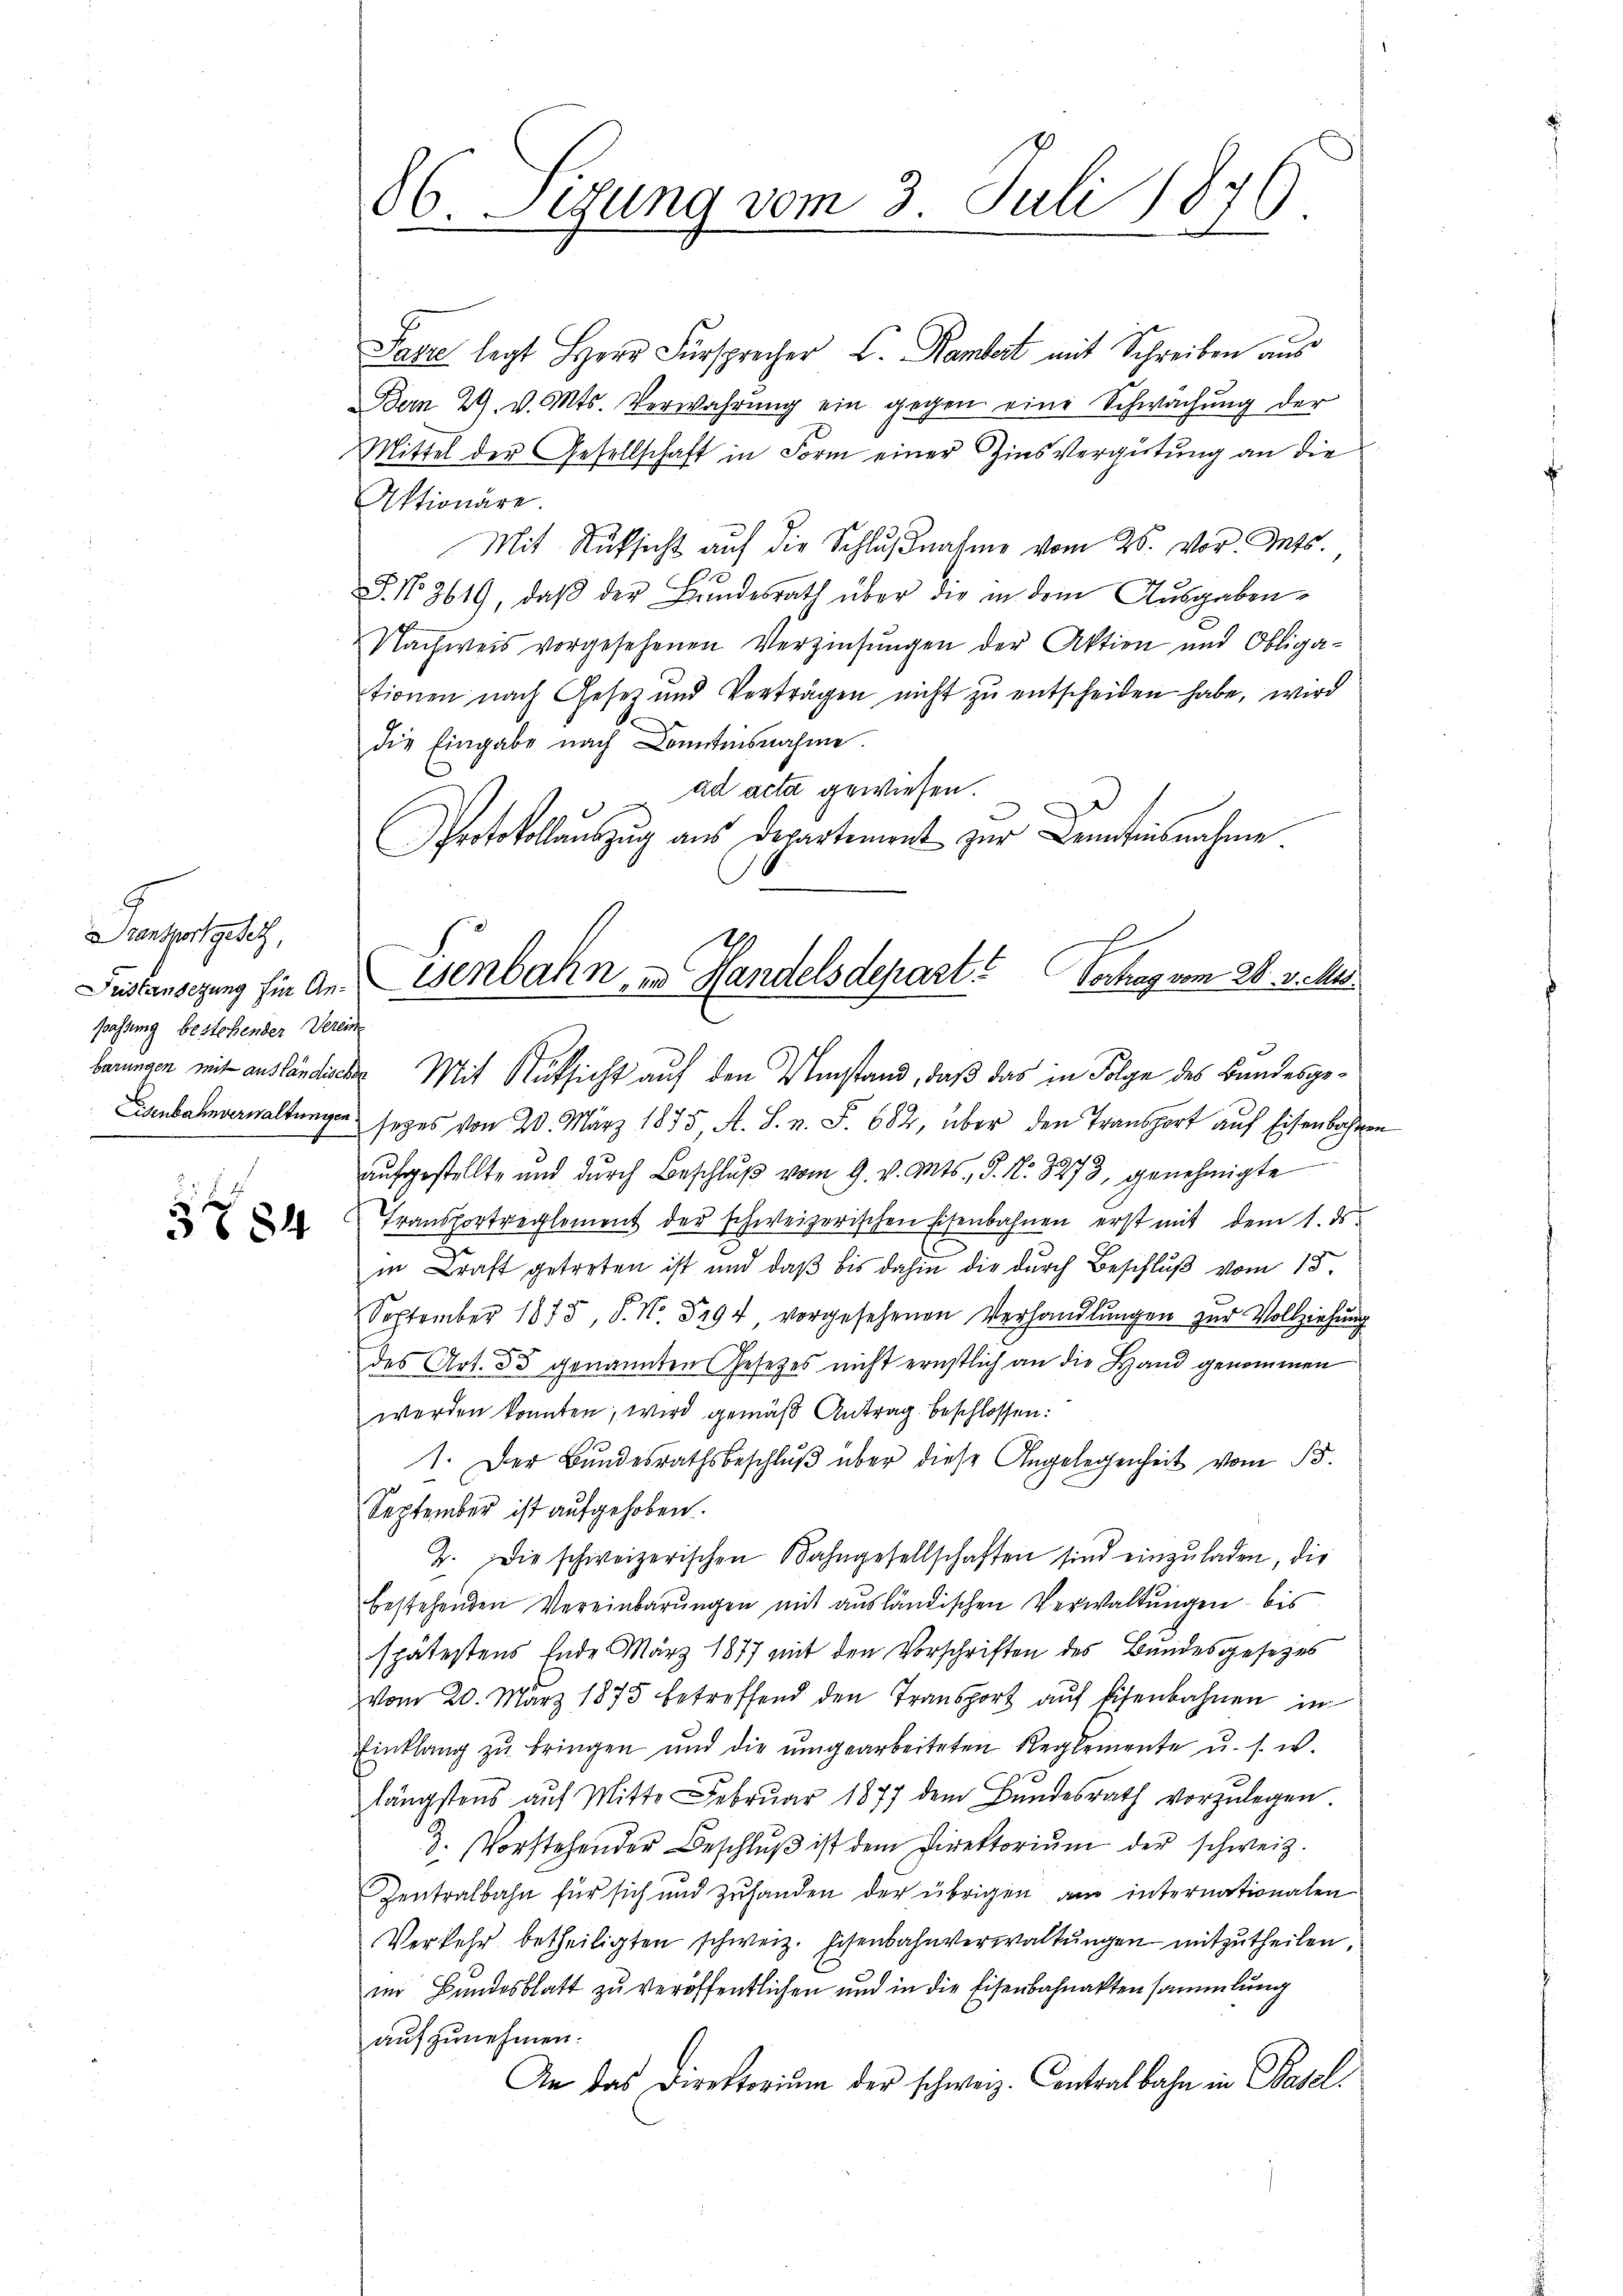
9
Srantwortgesetz,
passung bestehender Vereine
f

e
§ 684

86. Setzung vom 3. Juli 1876

Sazze legt Herr Fürsprecher L. Kambert mit Schreiben aus
Bern 29. v. Mts. Verwahrung ein gegen eine Schwächung der
Mittel der Gesellschaft in Form einer Zinsvergütung an die
Aktionäre.
Mit Rüksicht auf die Schlußnahme vom 25. vor. Mts.
S. No. 3619, daβ der Bŭndesrath über die in dem Aŭsgaben-
Nachweis vorgesehenen Verzinsŭngen der Aktien und Obliga-
stionen nach Gesetz und Verträgen nicht zŭ entscheiden habe, wird
die Eingabe nach Kenntnisnahme.
  ad acta gewiesen.
Protokollaŭszŭg ans Departement zŭr Benntnisnahme
berungen mit ausländische Mit Rüksicht auf den Umstand, daß das in Folge des Bandesge¬
Lanbahnverwaltungen seyes von 20. März 1875, A. S. n. F. 682, über den Transport aŭf Eisenbahren
aufgestellte und durch Beschlŭβ vom 9. v. Mts., S. Nr. 3273, genehmigte
Transportreglement der schweizerischen Eisenbahnen erst mit dem 1. ds.
in Kraft getreten ist und daß bis dahin die durch Beschluß vom 15.
September 1875, S. Nr. 3194, vorgesehenen Verhandlungen zur Vollziehung
des Art. 33 genannten Gesetzes nicht ernstlich an die Hand genommen
werden konnten; wird gemäß Antrag beschlossen:
1. Der Bundesrathsbeschlŭβ über diese Angelegenheit vom 15.
September ist aufgehoben.
2. Die schweizerischen Bahngesellschaften sind einzuladen, die
bestehenden Vereinbarungen mit ausländischen Verwaltungen bis
spätestens Ende März 1877 mit den Vorschriften des Bundesgesezes
vom 20. März 1875 betreffend den Transport aŭf Eisenbahnen in
Einklang zŭ bringen und die ŭmgearbeiteten Reglemente u. s. w.
längstens aŭf Mitte Febrŭar 1877 dem Bŭndesrath vorzŭlegen.
3. Vorstehender Beschlŭβ ist dem Direktoriŭm der schweiz.
Zentralbahn für sich und zuhanden der übrigen am internationalen
Verkehr betheiligten schweiz. Eisenbahnverwaltŭngen mitzutheilen.
im Bundesblatt zu veröffentlichen und in die Eisenbahnaktensammlung
aufzunehmen.
An das Direktorium der schweiz. Contralbahn in Basel

Fustansezung fin an. senbahn in Handelsdepart? Vertrag vom 20. v. Mts.

g